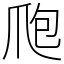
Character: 爮